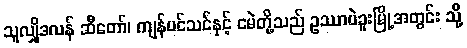
သူလျှိုဒလန် ဆီတော်၊ ကျန်ပင်သင်နှင့် ငမဲတို့သည် ဥဿာပဲခူးမြို့အတွင်း သို့